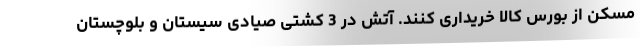
مسکن از بورس کالا خریداری کنند. آتش در 3 کشتی صیادی سیستان و بلوچستان